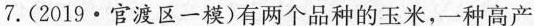
7. (2019 · 官渡区一模)有两个品种的玉米，一种高产